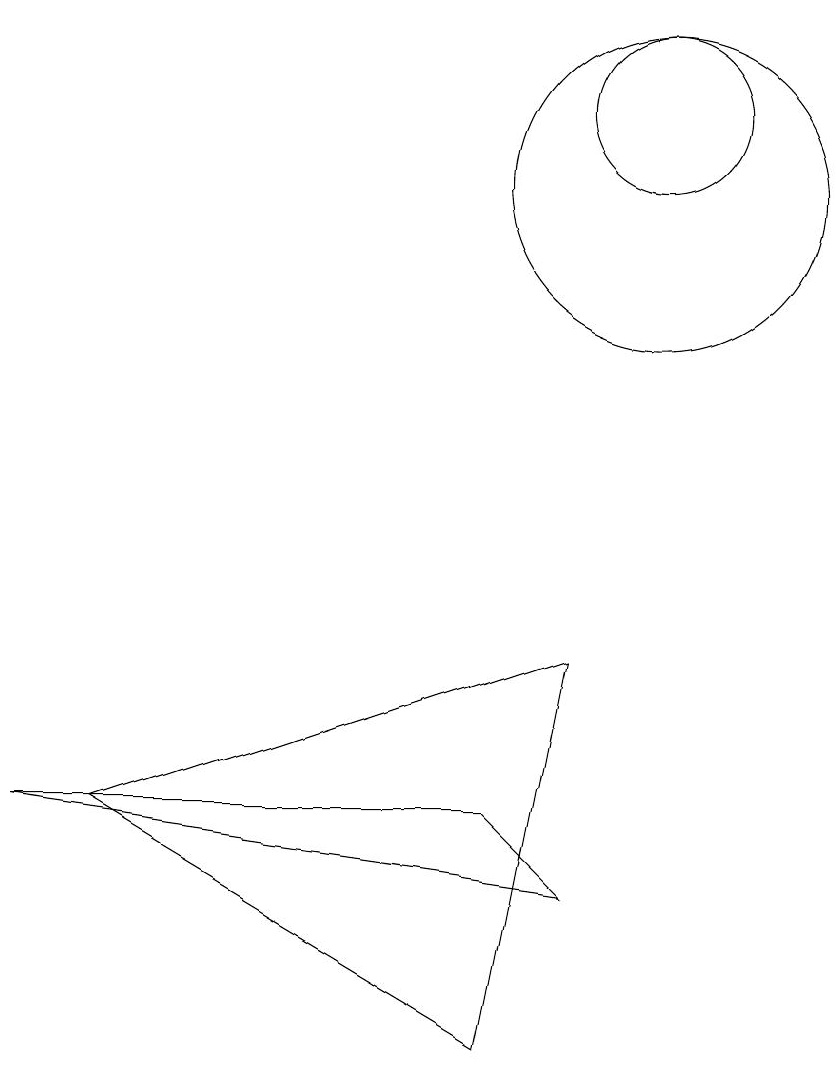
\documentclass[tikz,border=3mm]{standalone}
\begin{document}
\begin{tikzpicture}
\draw (10,11) circle (2);
\draw (3,3) -- (9,5) -- (8,0) -- cycle;
\draw (2,3) -- (9,2) -- (8,3) -- cycle;
\draw (10,12) circle (1);
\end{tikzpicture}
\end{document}